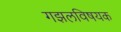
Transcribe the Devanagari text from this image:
गझलविषयक